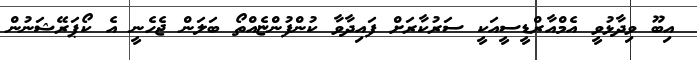
އިބޫ ވިދާޅުވީ އެމްއާރްޑީސީއަކީ ސަރުކާރަށް ފައިިދާވާ ކުންފުންޏެއްތޯ ބަލަން ޖެހެނީ އެ ކޯޕަރޭޝަނުން